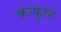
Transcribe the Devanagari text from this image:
काफुरने